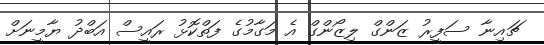
ޗައިނާ ސަފީރު ޒަންގް ލިޒޯންގް އެ މަގާމުގެ ފަތްކޮޅު ރައީސް އަބްދު ޔާމީނަށް